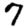
Digit: 7